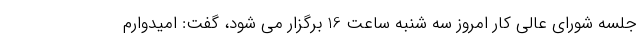
جلسه شورای عالی کار امروز سه شنبه ساعت 16 برگزار می شود، گفت: امیدوارم